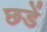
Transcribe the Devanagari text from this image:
छडें